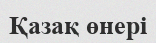
Қазақ өнері